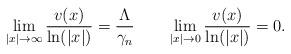
LaTeX: \begin{align*}\lim_{|x|\rightarrow \infty}\frac{v(x)}{\ln(|x|)}=\frac{\Lambda}{\gamma_n}\quad\quad\lim_{|x|\rightarrow 0}\frac{v(x)}{\ln(|x|)}=0.\end{align*}